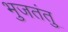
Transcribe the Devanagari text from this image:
भुजतंतु